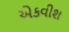
એકવીશ